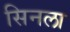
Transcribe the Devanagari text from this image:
सिनला